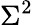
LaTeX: \Sigma^{2}